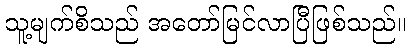
သူ့မျက်စိသည် အတော်မြင်လာပြီဖြစ်သည်။